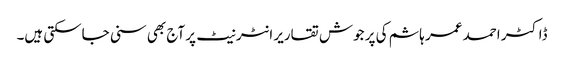
ڈاکٹر احمد عمر ہاشم کی پر جوش تقاریر انٹر نیٹ پر آج بھی سنی جاسکتی ہیں۔